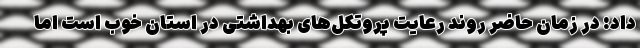
داد: در زمان حاضر روند رعایت پروتکل‌های بهداشتی در استان خوب است اما